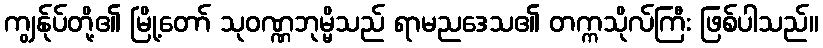
ကျွန်ုပ်တို့၏ မြို့တော် သုဝဏ္ဏဘုမ္မိသည် ရာမညဒေသ၏ တက္ကသိုလ်ကြီး ဖြစ်ပါသည်။